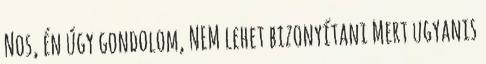
Nos, én úgy gondolom, NEM lehet bizonyítani Mert ugyanis